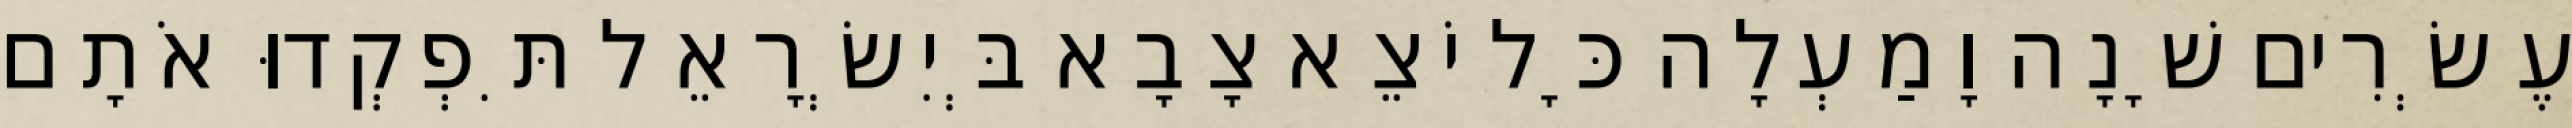
עֶשְׂרִים שָׁנָה וָמַעְלָה כָּל יֹצֵא צָבָא בְּיִשְׂרָאֵל תִּפְקְדוּ אֹתָם